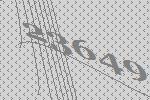
23649